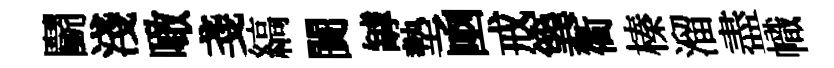
鬬淺噉戔縞闠罅墊凾戒簨衢榛溜盡幟